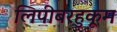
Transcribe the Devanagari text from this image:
लिपीबरहुकूम